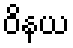
ဝိနယ